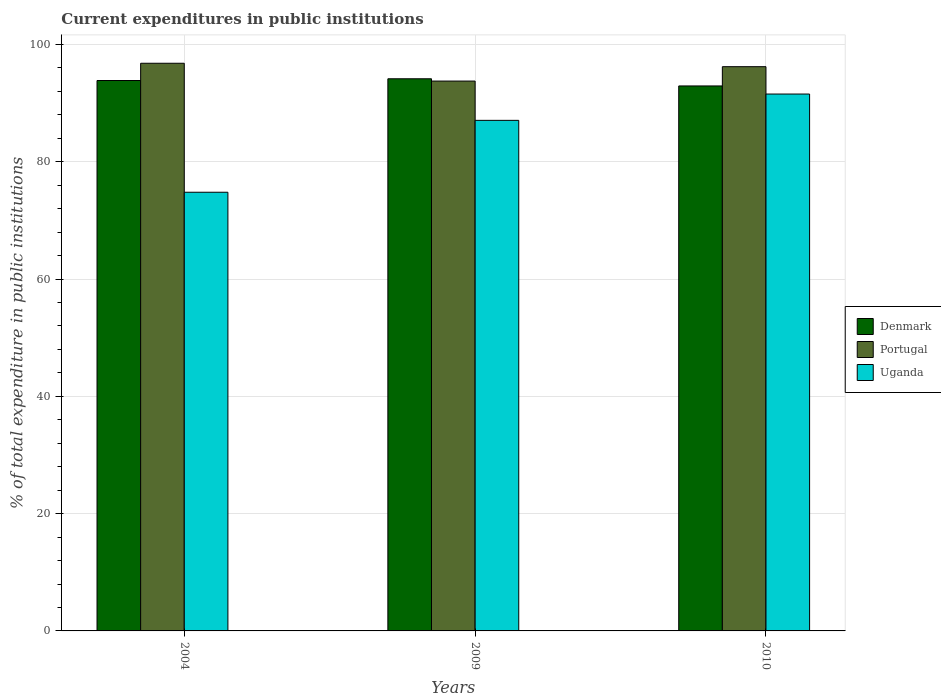
| Years | Denmark | Portugal | Uganda |
 | --- | --- | --- | --- |
 | 2004 | 93.9 | 96.8 | 74.8 |
 | 2009 | 94.1 | 93.8 | 87.1 |
 | 2010 | 92.9 | 96.2 | 91.5 |